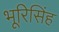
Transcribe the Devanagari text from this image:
भूरिसिंह